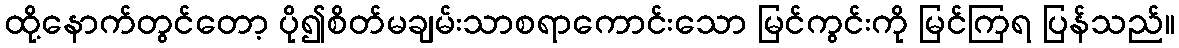
ထို့နောက်တွင်တော့ ပို၍စိတ်မချမ်းသာစရာကောင်းသော မြင်ကွင်းကို မြင်ကြရ ပြန်သည်။